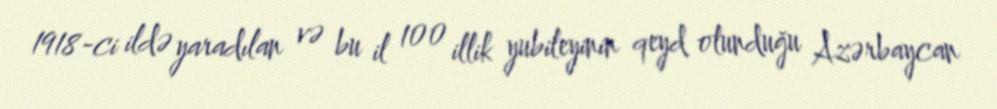
1918-ci ildə yaradılan və bu il 100 illik yubileyinin qeyd olunduğu Azərbaycan